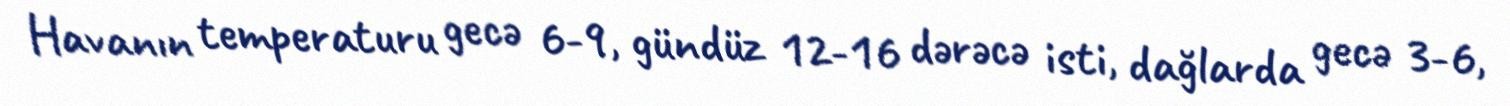
Havanın temperaturu gecə 6-9, gündüz 12-16 dərəcə isti, dağlarda gecə 3-6,